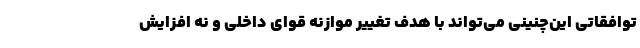
توافقاتی این‌چنینی می‌تواند با هدف تغییر موازنه قوای داخلی و نه افزایش